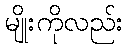
မျိုးကိုလည်း